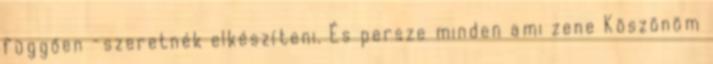
függően -szeretnék elkészíteni. És persze minden ami zene Köszönöm